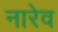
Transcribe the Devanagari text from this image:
नारेव